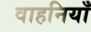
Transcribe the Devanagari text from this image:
वाहनियाँ